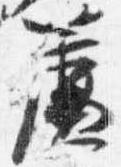
簾